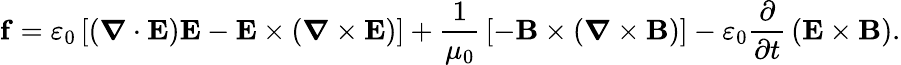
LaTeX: \mathbf{f}=\varepsilon_{0}\left[({\boldsymbol{\nabla}}\cdot\mathbf{E})\mathbf{E}-\mathbf{E}\times({\boldsymbol{\nabla}}\times\mathbf{E})\right]+{\frac{1}{\mu_{0}}}\left[-\mathbf{B}\times\left({\boldsymbol{\nabla}}\times\mathbf{B}\right)\right]-\varepsilon_{0}{\frac{\partial}{\partial t}}\left(\mathbf{E}\times\mathbf{B}\right).